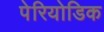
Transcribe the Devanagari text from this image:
पेरियोडिक